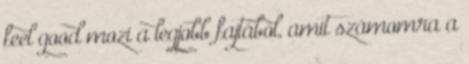
feel good mozi a legjobb fajtából, amit számomra a